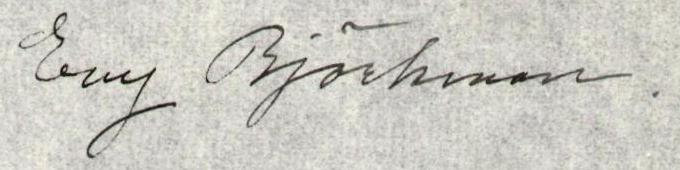
Evy Björkman.